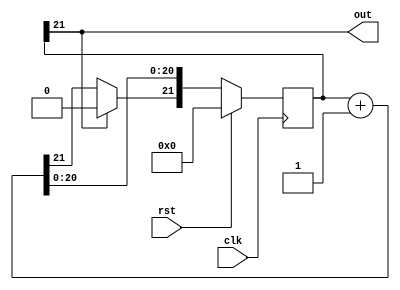
/*
   This file was generated automatically by the Mojo IDE version B1.3.6.
   Do not edit this file directly. Instead edit the original Lucid source.
   This is a temporary file and any changes made to it will be destroyed.
*/

/*
   Parameters:
     DIV = 22
*/
module state_counter_7 (
    input clk,
    input rst,
    output reg out
  );
  
  localparam DIV = 5'h16;
  
  
  reg [21:0] M_counter_d, M_counter_q = 1'h0;
  
  always @* begin
    M_counter_d = M_counter_q;
    
    out = M_counter_q[21+0-:1];
    M_counter_d = M_counter_q + 1'h1;
    if (M_counter_q[21+0-:1] == 1'h1) begin
      M_counter_d[21+0-:1] = 1'h0;
    end
  end
  
  always @(posedge clk) begin
    if (rst == 1'b1) begin
      M_counter_q <= 1'h0;
    end else begin
      M_counter_q <= M_counter_d;
    end
  end
  
endmodule